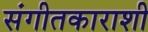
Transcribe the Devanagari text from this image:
संगीतकाराशी